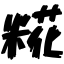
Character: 糀